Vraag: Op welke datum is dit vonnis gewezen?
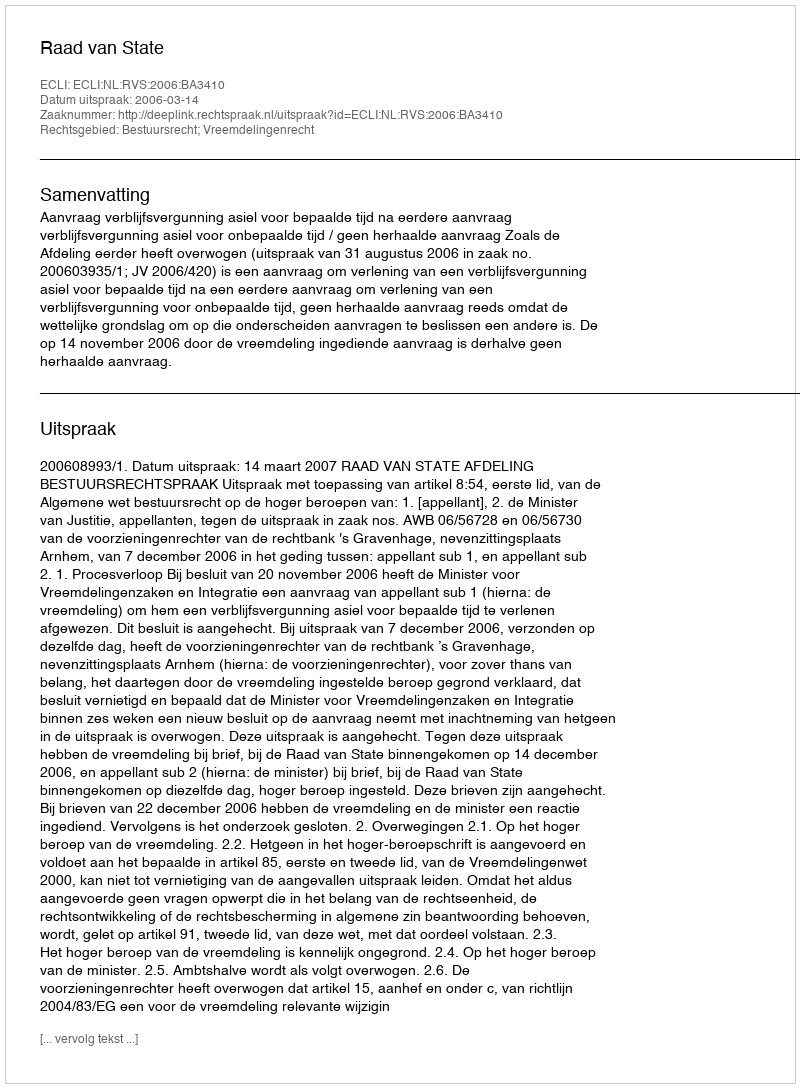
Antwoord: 2006-03-14